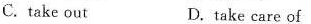
C.take out D.take care of